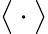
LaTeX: \big<\cdot\big>